Annual administration and progress report of the Indian Medical Department, Bombay
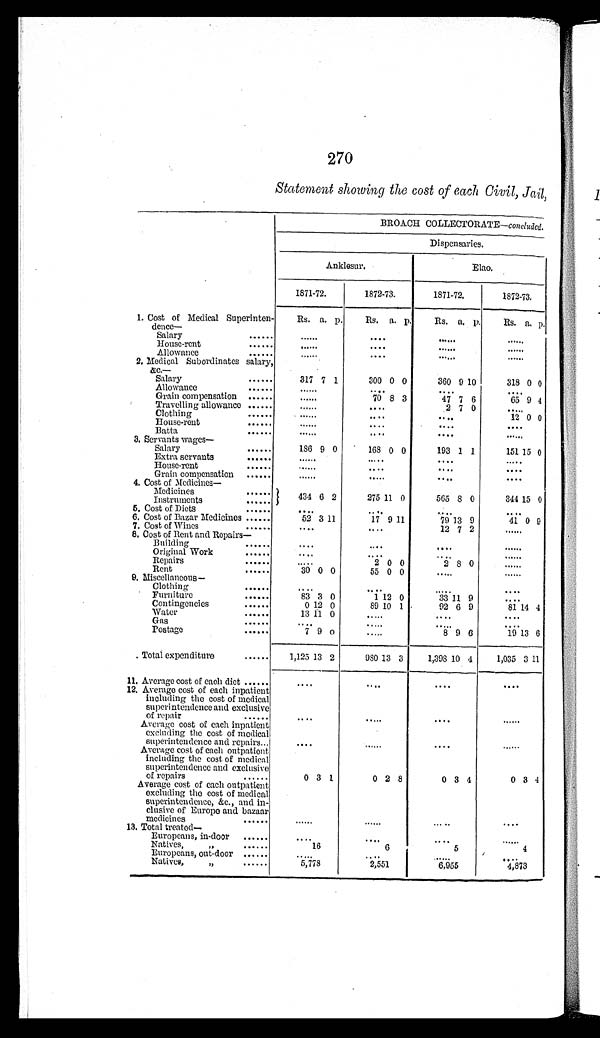
270
Statement showing the cost of each Civil, Jail,
BROACH COLLECTORATE— concluded.
Dispensaries.
Anklesur.
Elao.
1871-72.
1872-73.
1871-72.
1872-73.
1. Cost of Medical Superinten-
dence—
Rs. a. p. Rs. a. p. Rs. a. p. Rs. a. p.
Salary . . . . . .
......
......
......
......
House-rent ......
......
. . . . . . ......
......
Allowance
...... ......
......
......
......
2. Medical Subordinates salary,
&c.—
Salary
317 7 1
300 0 0
360 9 10
318 0 0
Allowance ......
......
......
......
......
Grain compensation
......
70 8 3
47 7 6
65 9 4
Travelling allowance ...... ......
......
2 7 0
......
Clothing ......
......
....
....
12 0 0
House-rent ....
......
....
....
....
Batta . . . . . .
......
....
....
......
3. Servants wages—
Salary
186 9 0
168 0 0
193 1 1
151 15 0
Extra servants ......
......
.....
....
.....
House-rent ......
......
....
....
....
Grain compensation ......
......
.....
....
....
4. Cost of Medicines—
Medicines ......
434 6 2
275 11 0
565 8 0
344 15 0
Instruments
5. Cost of Diets
....
....
....
....
6. Cost of Bazar Medicines ......
52 3 11
17 9 11
79 13 9
41 0 9
7. Cost of Wines
....
....
12 7 2
....
8. Cost of Rent and Repairs—
Building
....
....
....
......
Original Work
....
....
....
......
Repairs
......
.....
2 0 0
2 8 0
......
Rent
30 0 0
55 0 0
.....
......
9. Miscellaneous— Clothing
....
....
.....
....
Furniture
83 3 0
1 12 0
33 11 9
....
Contingencies
......
0 12 0
89 10 1
92 6 9
81 14 4
Water
......
13 11 0
.....
....
....
Gas
......
....
.....
.....
....
Postage
......
7 9 0
.....
8 9 6
19 13 6
Total expenditure
1,125 13 2
980 13 3
1,398 10 4 1,035 3 11
11. Average cost of each diet
....
....
....
....
12. Average cost of each inpatient
including the cost of medical
superintendence and exclusive
of repair
....
.....
....
......
Average cost of each inpatient
excluding the cost of medical
superintendence and repairs ...
....
......
....
......
Average cost of each outpatient
including the cost of medical
superintendence and exclusive
of repairs
0 3 1
0 2 8
0 3 4
0 3 4
Average cost of each outpatient
excluding the cost of medical
superintendence, &c., and in-
clusive of Europe and bazaar
medicines
......
......
.....
....
13. Total treated
— Europeans, in-door
....
....
....
......
Natives,
"
16
6
5
4
Europeans, out-door ......
.....
....
...... ....
Natives,
"
5,778
2,551
6,955
4,873